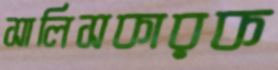
সালিসকারক